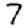
Digit: 7